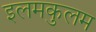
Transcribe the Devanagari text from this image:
इलमकुलम